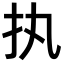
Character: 执